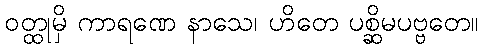
ဝတ္ထုမှိ ကာရဏေ နာသေ၊ ဟိတေ ပစ္ဆိမပဗ္ဗတေ။